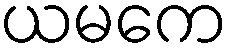
ယမကေ